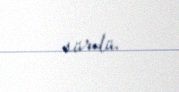
sürdü.